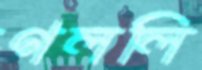
গললি